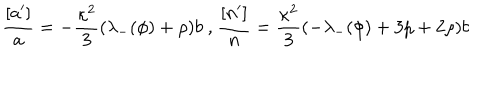
LaTeX: \frac { [ a ^ { \prime } ] } { a } = - \frac { \kappa ^ { 2 } } { 3 } ( \lambda _ { - } ( \phi ) + \rho ) b \mathrm { ~ , ~ } \frac { [ n ^ { \prime } ] } { n } = \frac { \kappa ^ { 2 } } { 3 } ( - \lambda _ { - } ( \phi ) + 3 p + 2 \rho ) b